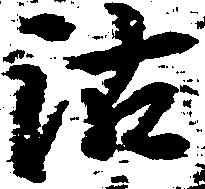
沽